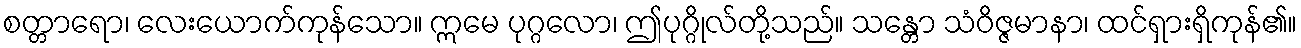
စတ္တာရော၊ လေးယောက်ကုန်သော။ ဣမေ ပုဂ္ဂလော၊ ဤပုဂ္ဂိုလ်တို့သည်။ သန္တော သံဝိဇ္ဇမာနာ၊ ထင်ရှားရှိကုန်၏။